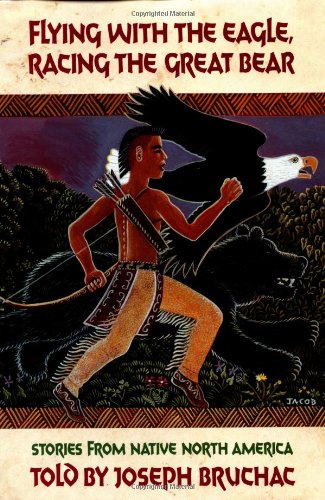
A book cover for Flying with the Eagle, Racing the Great Bear; Bruchac; Children's Books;